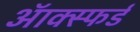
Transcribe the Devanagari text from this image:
ऑक्स्फर्ड